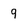
Character: 9